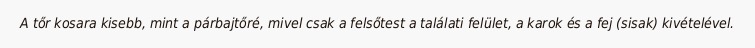
A tőr kosara kisebb, mint a párbajtőré, mivel csak a felsőtest a találati felület, a karok és a fej (sisak) kivételével.